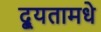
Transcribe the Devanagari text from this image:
द्यूतामधे